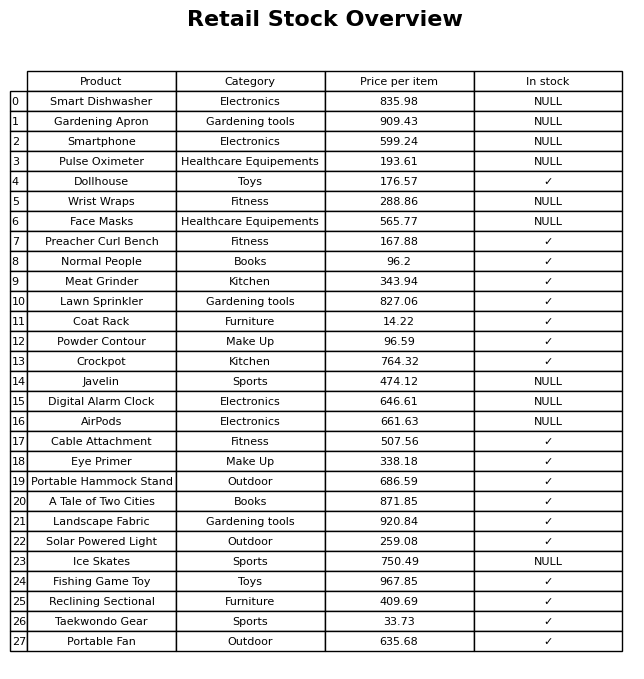
question: What is the stock status of the Meat Grinder?
answer: ✓